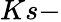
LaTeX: Ks-